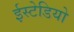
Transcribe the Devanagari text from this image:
ईस्टेडियो